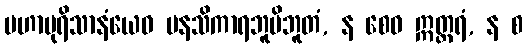
မဟာပုရိသာနံယေဝ မနသိကာရဘူမိဘူတံ, န စေဝ ဣတ္တရံ, န စ